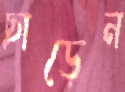
ছাড়েন